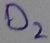
Text: D2